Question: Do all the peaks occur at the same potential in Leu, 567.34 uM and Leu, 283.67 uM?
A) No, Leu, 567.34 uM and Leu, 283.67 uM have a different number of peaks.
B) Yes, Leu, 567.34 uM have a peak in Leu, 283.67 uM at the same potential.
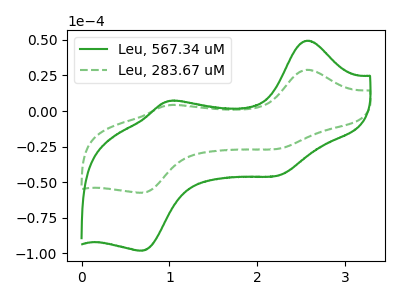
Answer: <think>The green curve "Leu, 567.34 uM" has anodic peaks at (2.55V, 49.40uA) (1.00V, 6.90uA) and cathodic peaks at (2.25V, -45.35uA) (0.70V, -98.10uA). The green dashed curve "Leu, 283.67 uM" has anodic peaks at (2.55V, 28.95uA) (1.00V, 4.05uA) and cathodic peaks at (2.25V, -26.55uA) (0.70V, -57.45uA).</think>
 <answer>B) Yes, "Leu, 567.34 uM" have a peak in "Leu, 283.67 uM" at the same potential.</answer>
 <eval>B</eval>